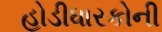
હોડીધારકોની